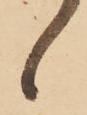
候